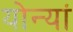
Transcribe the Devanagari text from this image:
योन्यां